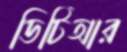
ডিটিআর